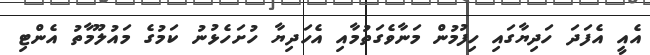
އެއީ އެފަދަ ހަދިޔާގައި ހިފުމުން މަނާވެގަތުމާއި އެހަދިޔާ ހުށަހެޅުނު ކަމުގެ މައުލޫމާތު އެންޓި